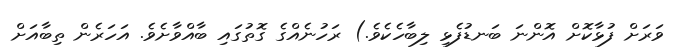
ވަރަށް ފުޅާކޮށް އޮންނަ ބަނޑުފެޅި ލިބާހެކެވެ.) ރަހުނެއްގެ ގޮތުގައި ބާއްވާށެވެ. އަހަރެން ތިބާއަށް